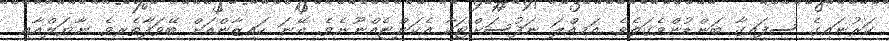
ކަރުނައިގެ ސިފައިގާ ބަންޑުންވެގަތެވެ. އަމިއްލަ ނަފުސަށްޓަކާ އެކަންޏެއްނޫނެވެ. އޭނަ ކައިޒާންއަށް ބޭވަފާތެރިވެ ނާޔަލްއާއި